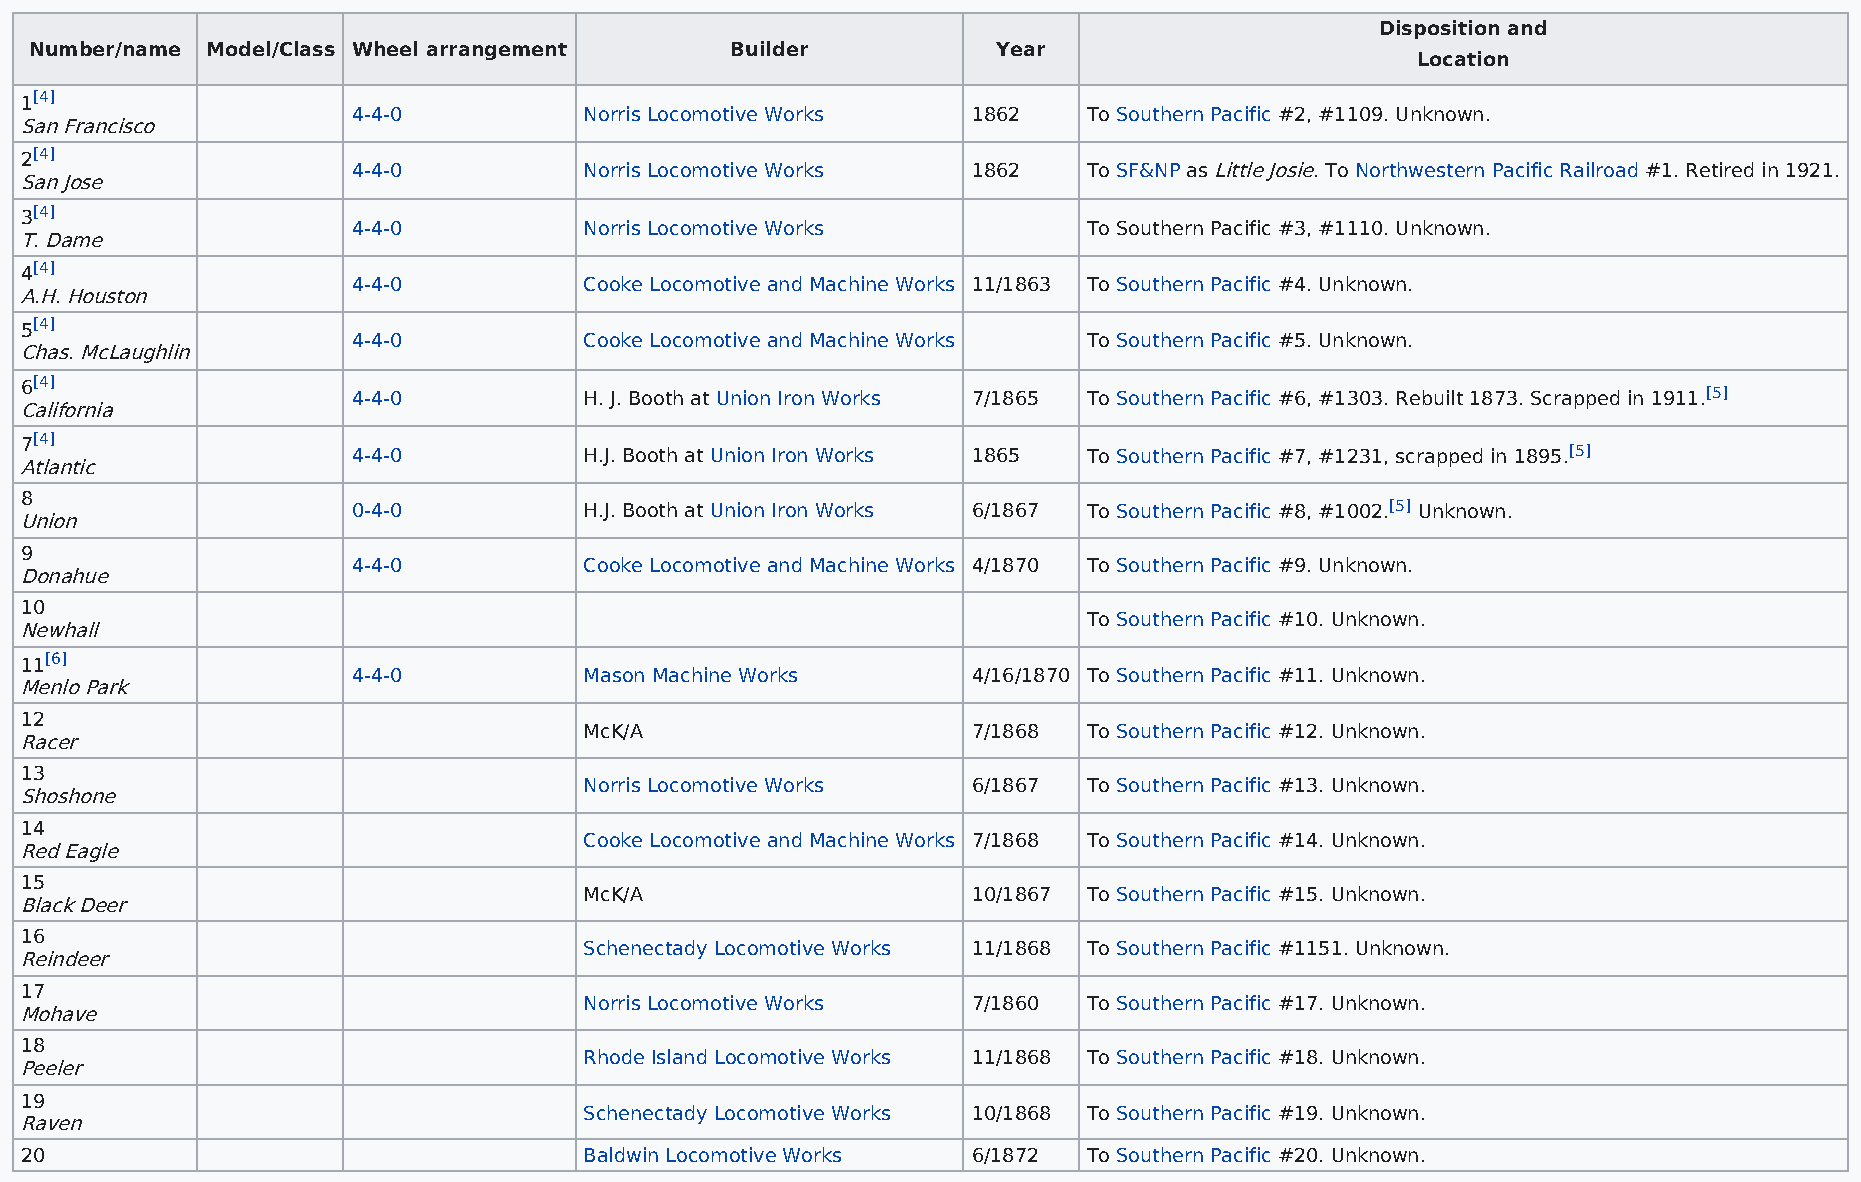
Disposition and
 Number/name Model/Class Wheel arrangement     Builder           Year
 Location
 1[4]
 4-4-0           Norris Locomotive Works  1862    To Southern Pacific #2, #1109. Unknown.
 San Francisco
 2[4]
 4-4-0           Norris Locomotive Works  1862    To SF&NP as Little Josie. To Northwestern Pacific Railroad #1. Retired in 1921.
 San Jose
 3[4]
 4-4-0           Norris Locomotive Works          To Southern Pacific #3, #1110. Unknown.
 T. Dame
 4[4]
 4-4-0           Cooke Locomotive and Machine Works 11/1863 To Southern Pacific #4. Unknown.
 A.H. Houston
 5[4]
 4-4-0           Cooke Locomotive and Machine Works To Southern Pacific #5. Unknown.
 Chas. McLaughlin
 6[4]
 4-4-0           H. J. Booth at Union Iron Works 7/1865 To Southern Pacific #6, #1303. Rebuilt 1873. Scrapped in 1911.[5]
 California
 7[4]
 4-4-0           H.J. Booth at Union Iron Works 1865 To Southern Pacific #7, #1231, scrapped in 1895.[5]
 Atlantic
 8
 0-4-0           H.J. Booth at Union Iron Works 6/1867 To Southern Pacific #8, #1002.[5] Unknown.
 Union
 9
 4-4-0           Cooke Locomotive and Machine Works 4/1870 To Southern Pacific #9. Unknown.
 Donahue
 10
 To Southern Pacific #10. Unknown.
 Newhall
 11[6]
 4-4-0           Mason Machine Works      4/16/1870 To Southern Pacific #11. Unknown.
 Menlo Park
 12
 McK/A                    7/1868  To Southern Pacific #12. Unknown.
 Racer
 13
 Norris Locomotive Works  6/1867  To Southern Pacific #13. Unknown.
 Shoshone
 14
 Cooke Locomotive and Machine Works 7/1868 To Southern Pacific #14. Unknown.
 Red Eagle
 15
 McK/A                    10/1867 To Southern Pacific #15. Unknown.
 Black Deer
 16
 Schenectady Locomotive Works 11/1868 To Southern Pacific #1151. Unknown.
 Reindeer
 17
 Norris Locomotive Works  7/1860  To Southern Pacific #17. Unknown.
 Mohave
 18
 Rhode Island Locomotive Works 11/1868 To Southern Pacific #18. Unknown.
 Peeler
 19
 Schenectady Locomotive Works 10/1868 To Southern Pacific #19. Unknown.
 Raven
 20                                    Baldwin Locomotive Works 6/1872  To Southern Pacific #20. Unknown.